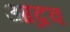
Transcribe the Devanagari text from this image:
आद्रव